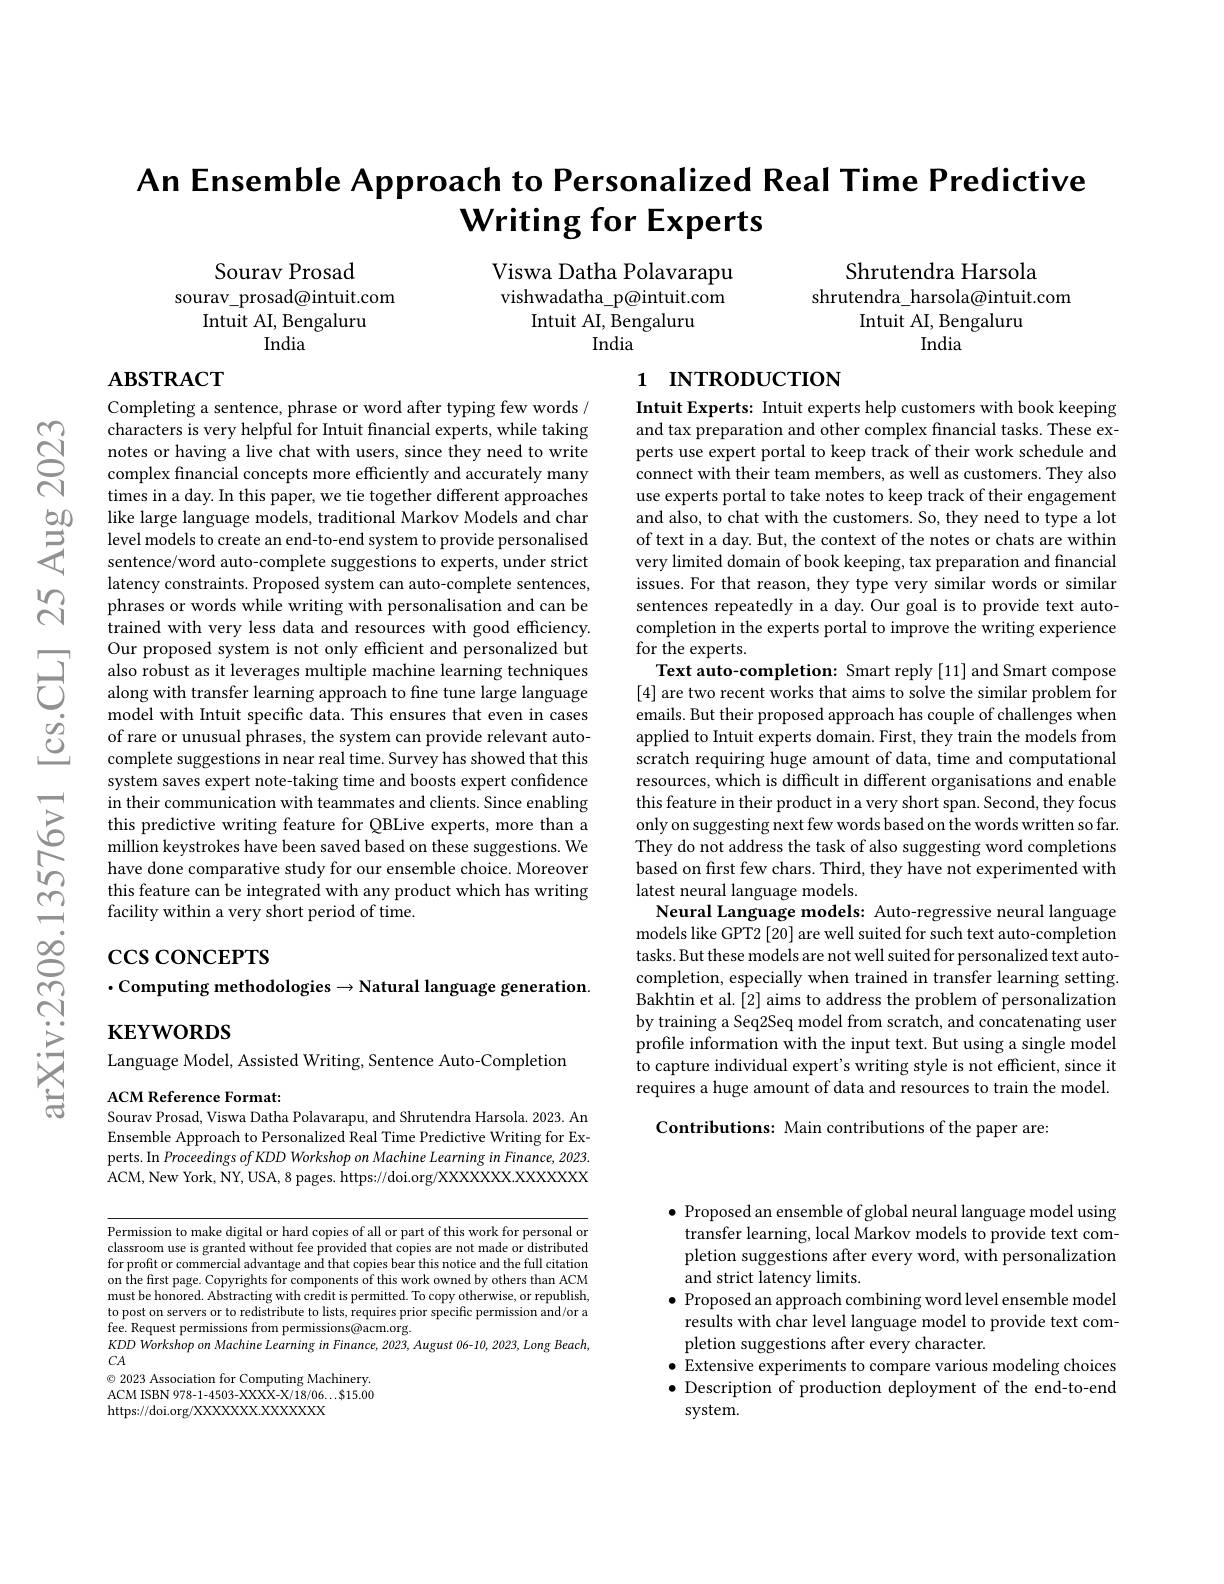
$ଟ୍ରି$

$പ്പു$

# An Ensemble Approach to Personalized Real Time Predictive $\textbf{Writing for Experts}$

Viswa Datha Polavarapu vishwadatha\_p@intuit.com
Intuit AI, Bengaluru
India

Sourav Prosad
sourav\_prosad@intuit.com
Intuit AI, Bengaluru
India

Shrutendra Harsola
shrutendra\_harsola@intuit.com
Intuit AI, Bengaluru
India

## $\mathbf{ABSTRACT}$

# 1 INTRODUCTION

Completing a sentence, phrase or word after typing few words / characters is very helpful for Intuit fnancial experts, while taking notes or having a live chat with users, since they need to write complex financial concepts more efficiently and accurately many times in a day. In this paper, we tie together different approaches
$\begin{array}{ccc}{50}&{\:\mathrm{like~large~language~models,~traditional~Markov~Models~and~char}}\\{=\:\text{level models to create an end-to-end system to provide personalised}}\\{=\:\text{sentence/word auto-complete suggestions to experts, under strict}}\end{array}$
latency constraints. Proposed system can auto-complete sentences, phrases or words while writing with personalisation and can be trained with very less data and resources with good efficiency. Our proposed system is not only efficient and personalized but
Our proposed system is not only efficient and personalized but also robust as it leverages multiple machine learning techniques along with transfer learning approach to fine tune large language along with transfer learning approach to fine t
model with Intuit specific data. This ensures that even in cases of rare or unusual phrases, the system can provide relevant autocomplete suggestions in near real time. Survey has showed that this system saves expert note-taking time and boosts expert confidence $\hat{\text{in their communication with teammates and clients. Since enabling}}$ this predictive writing feature for QBLive experts, more than a $\hat{\text{million keystrokes have been saved based on these suggestions. We}}$ have done comparative study for our ensemble choice. Moreover this feature can be integrated with any product which has writing facility within a very short period of time.

Intuit Experts: Intuit experts help customers with book keeping and tax preparation and other complex financial tasks. These experts use expert portal to keep track of their work schedule and connect with their team members, as well as customers. They also use experts portal to take notes to keep track of their engagement and also, to chat with the customers. So, they need to type a lot of text in a day. But, the context of the notes or chats are within very limited domain of book keeping, tax preparation and financial issues. For that reason, they type very similar words or similar sentences repeatedly in a day. Our goal is to provide text autocompletion in the experts portal to improve the writing experience for the experts.
Text auto-completion: Smart reply [11] and Smart compose [4] are two recent works that aims to solve the similar problem for emails. But their proposed approach has couple of challenges when applied to Intuit experts domain. First, they train the models from scratch requiring huge amount of data, time and computational resources, which is difficult in different organisations and enable this feature in their product in a very short span. Second, they focus only on suggesting next few words based on the words written so far. They do not address the task of also suggesting word completions based on first few chars. Third, they have not experimented with latest neural language models.
Neural Language models: Auto-regressive neural language models like GPT2 [20] are well suited for such text auto-completion tasks. But these models are not well suited for personalized text autocompletion, especially when trained in transfer learning setting. Bakhtin et al. [2] aims to address the problem of personalization by training a Seq2Seq model from scratch, and concatenating user profile information with the input text. But using a single model to capture individual expert's writing style is not efficient, since it requires a huge amount of data and resources to train the model.
Contributions: Main contributions of the paper are:

# $\csc\csc$coNCEPTS $\cdot$Computing methodologies$\to$Natural language generation. $\mathbf{KEYWORDS}$

Language Model, Assisted Writing, Sentence Auto-Completion

ACM Reference Format:
Sourav Prosad, Viswa Datha Polavarapu, and Shrutendra Harsola. 2023. An

Ensemble Approach to Personalized Real Time Predictive Writing for Experts. In Proceedings of KDD Workshop on Machine Learning in Finance, 2023 ACM, New York, NY, USA, 8 pages. https://doi.org/XXXXXXX.XXXXXX

Permission to make digital or hard copies of all or part of this work for personal or classroom use is granted without fee provided that copies are not made or distributed for profit or commercial advantage and that copies bear this notice and the full citation on the first page. Copyrights for components of this work owned by others than ACM must be honored. Abstracting with credit is permitted. To copy otherwise, or republish, to post on servers or to redistribute to lists, requires prior specific permission and/or a fee. Request permissions from permissions@acm.org.
$KDDWorkshoponMachine\textit{Learning in Finance, 2023, August 06- 10, 2023, Long Beach, }$
$CA$

$\bullet$ Proposed an ensemble of global neural language model using transfer learning, local Markov models to provide text completion suggestions after every word, with personalization and strict latency limits.
$\bullet$ Proposed an approach combining word level ensemble model results with char level language model to provide text completion suggestions after every character.
$\bullet$ Extensive experiments to compare various modeling choices $\bullet$ Description of production deployment of the end-to-end system.

$\textcircled{\circ}$ 2023 Association for Computing Machinery. ACM ISBN 978-1-4503-XXXX-X/18/06...815.00 https://doi.org/XXXXXXX.XXXXX